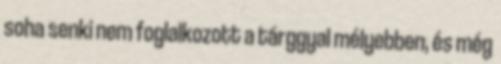
soha senki nem foglalkozott a tárggyal mélyebben, és még